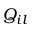
Q _ { i l }